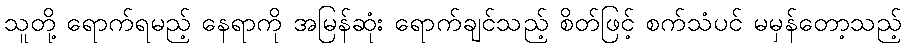
သူတို့ ရောက်ရမည့် နေရာကို အမြန်ဆုံး ရောက်ချင်သည့် စိတ်ဖြင့် စက်သံပင် မမှန်တော့သည့်